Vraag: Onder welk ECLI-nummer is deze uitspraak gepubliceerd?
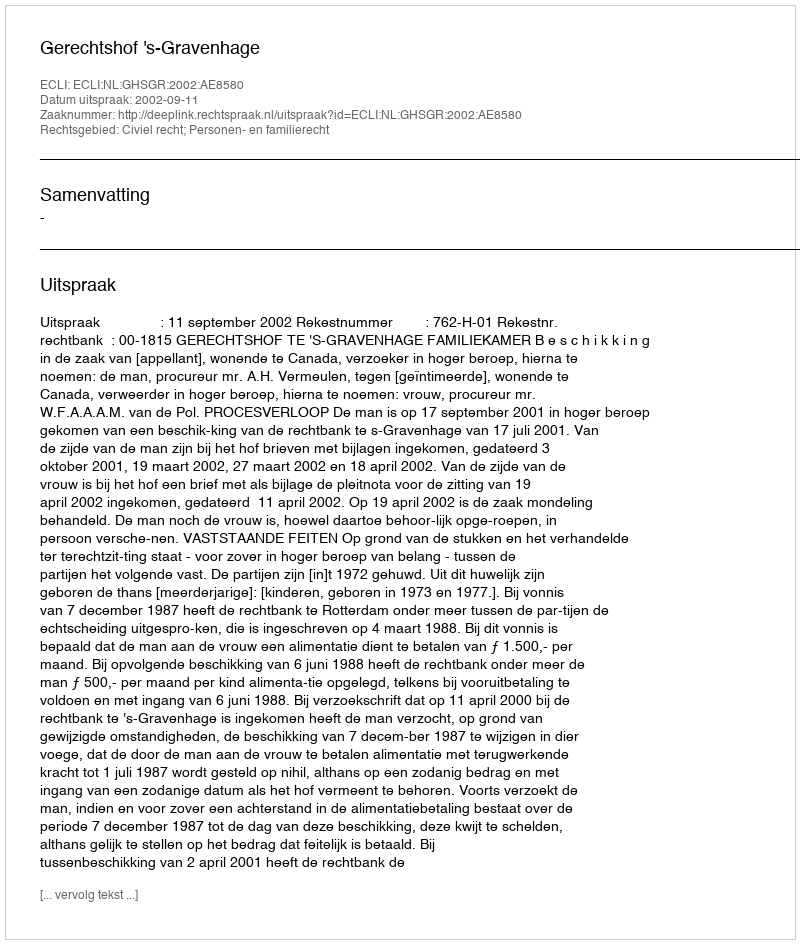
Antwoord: ECLI:NL:GHSGR:2002:AE8580